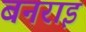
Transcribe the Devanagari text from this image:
बनराइ